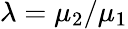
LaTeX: \lambda=\mu_{2}/\mu_{1}